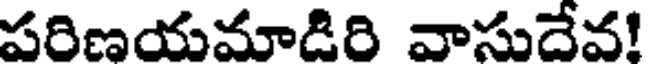
పరిణయమాడిరి వాసుదేవ!